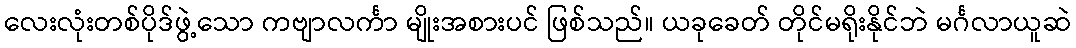
လေးလုံးတစ်ပိုဒ်ဖွဲ့သော ကဗျာလင်္ကာ မျိုးအစားပင် ဖြစ်သည်။ ယခုခေတ် တိုင်မရိုးနိုင်ဘဲ မင်္ဂလာယူဆဲ